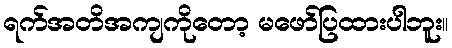
ရက်အတိအကျကိုတော့ မဖော်ပြထားပါဘူး။